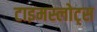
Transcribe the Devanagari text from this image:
टाइमस्लोट्स